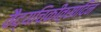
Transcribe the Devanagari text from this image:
वैद्यचिकीत्सादिन